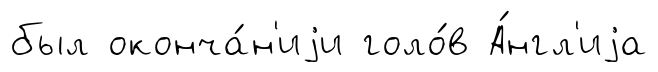
был оконча́н'иjи голо́в А́нгл'иjа